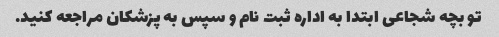
تو بچه شجاعی ابتدا به اداره ثبت نام و سپس به پزشکان مراجعه کنید.